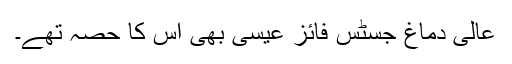
عالی دماغ جسٹس فائز عیسیٰ بھی اس کا حصہ تھے۔